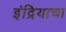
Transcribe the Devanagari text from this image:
इंद्रियाचा